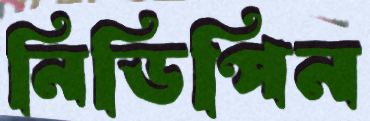
নিডিপিন